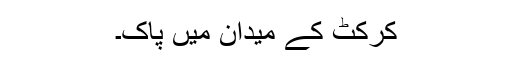
کرکٹ کے میدان میں پاک۔